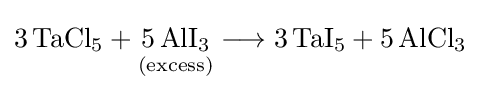
{3\,\mathrm {TaCl} {\vphantom {A}}_{\smash[{t}]{5}}{}+{}{\underset {(\mathrm {excess} )}{5\,\mathrm {AlI} {\vphantom {A}}_{\smash[{t}]{3}}}}{}\mathrel {\longrightarrow } {}3\,\mathrm {TaI} {\vphantom {A}}_{\smash[{t}]{5}}{}+{}5\,\mathrm {AlCl} {\vphantom {A}}_{\smash[{t}]{3}}}